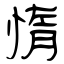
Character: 惰